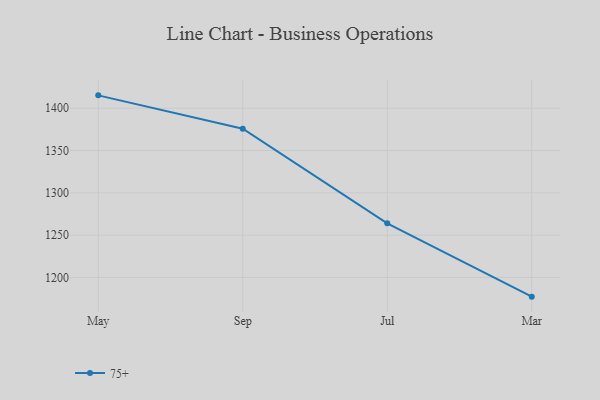
{"axis": {"x": "Month", "y": "Active Users"}, "legend": ["75+"], "data": [{"x": "May", "y": 1415.2, "type": "75+"}, {"x": "Sep", "y": 1375.8, "type": "75+"}, {"x": "Jul", "y": 1264.0, "type": "75+"}, {"x": "Mar", "y": 1177.3, "type": "75+"}]}